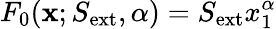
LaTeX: F_{0}(\textbf{x};S_{\mathrm{ext}},\alpha)=S_{\mathrm{ext}}x_{1}^{\alpha}